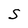
Character: S